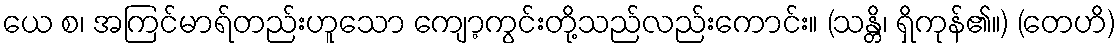
ယေ စ၊ အကြင်မာရ်တည်းဟူသော ကျော့ကွင်းတို့သည်လည်းကောင်း။ (သန္တိ၊ ရှိကုန်၏။) (တေဟိ)